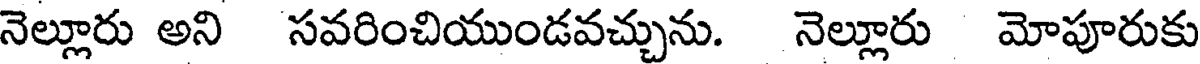
నెల్లూరు అని సవరించియుండవచ్చును. నెల్లూరు మోపూరుకు